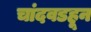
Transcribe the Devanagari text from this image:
चांदवडहून